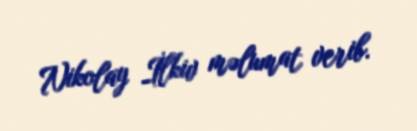
Nikolay İlkiv məlumat verib.